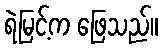
ရဲမြင့်က ဖြေသည်။